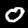
Label: 0